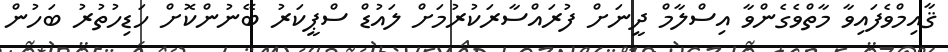
ޤާއިމްވެފައިވާ މާތްވެގެންވާ އިސްލާމް ދީނަށް ފުރައްސާރަކުރުމަށް ލައުޑް ސްޕީކަރު ބޭނުންކޮށް ހަޑިހުތުރު ބަހުން